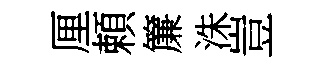
厘頼簾洙豈